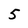
Character: 5